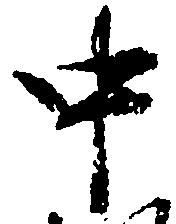
中